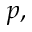
p ,